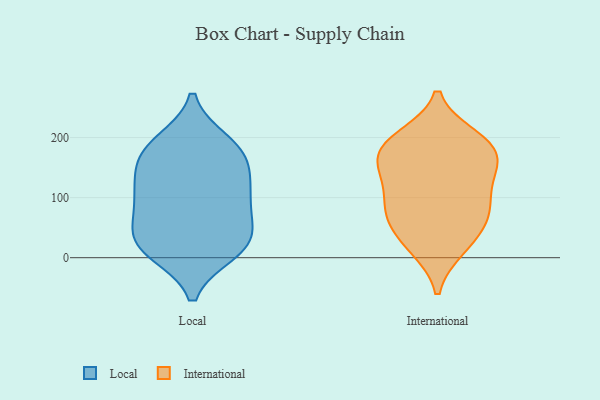
{"axis": {"x": "Conversion Rate (%)", "y": "Value"}, "legend": ["International", "Local"], "data": [{"x": "", "y": 192, "type": "Local"}, {"x": "", "y": 176, "type": "Local"}, {"x": "", "y": 103, "type": "Local"}, {"x": "", "y": 10, "type": "Local"}, {"x": "", "y": 117, "type": "Local"}, {"x": "", "y": 167, "type": "Local"}, {"x": "", "y": 23, "type": "Local"}, {"x": "", "y": 183, "type": "Local"}, {"x": "", "y": 13, "type": "Local"}, {"x": "", "y": 63, "type": "Local"}, {"x": "", "y": 83, "type": "Local"}, {"x": "", "y": 31, "type": "Local"}, {"x": "", "y": 31, "type": "Local"}, {"x": "", "y": 145, "type": "Local"}, {"x": "", "y": 109, "type": "Local"}, {"x": "", "y": 16, "type": "International"}, {"x": "", "y": 114, "type": "International"}, {"x": "", "y": 82, "type": "International"}, {"x": "", "y": 196, "type": "International"}, {"x": "", "y": 200, "type": "International"}, {"x": "", "y": 88, "type": "International"}, {"x": "", "y": 59, "type": "International"}, {"x": "", "y": 143, "type": "International"}, {"x": "", "y": 80, "type": "International"}, {"x": "", "y": 181, "type": "International"}, {"x": "", "y": 186, "type": "International"}, {"x": "", "y": 176, "type": "International"}, {"x": "", "y": 50, "type": "International"}, {"x": "", "y": 18, "type": "International"}, {"x": "", "y": 149, "type": "International"}, {"x": "", "y": 146, "type": "International"}]}